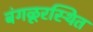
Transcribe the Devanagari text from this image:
बंगळूरस्थित